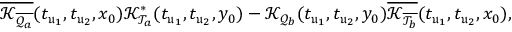
\overline { { \mathcal K _ { \overline { { \mathcal Q _ { a } } } } } } ( t _ { \mathfrak u _ { 1 } } , t _ { \mathfrak u _ { 2 } } , x _ { 0 } ) \mathcal K _ { \mathcal T _ { a } } ^ { * } ( t _ { \mathfrak u _ { 1 } } , t _ { \mathfrak u _ { 2 } } , y _ { 0 } ) - \mathcal K _ { \mathcal Q _ { b } } ( t _ { \mathfrak u _ { 1 } } , t _ { \mathfrak u _ { 2 } } , y _ { 0 } ) \overline { { \mathcal K _ { \overline { { \mathcal T _ { b } } } } } } ( t _ { \mathfrak u _ { 1 } } , t _ { \mathfrak u _ { 2 } } , x _ { 0 } ) ,